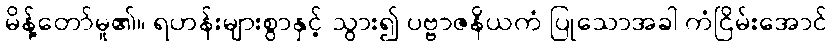
မိန့်တော်မူ၏။ ရဟန်းများစွာနှင့် သွား၍ ပဗ္ဗာဇနိယကံ ပြုသောအခါ ကံငြိမ်းအောင်